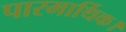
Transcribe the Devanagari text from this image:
पारमार्थिक।